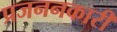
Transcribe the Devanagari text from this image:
प्रजननकारी